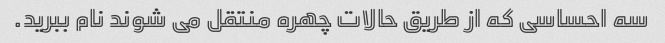
سه احساسی که از طریق حالات چهره منتقل می شوند نام ببرید.